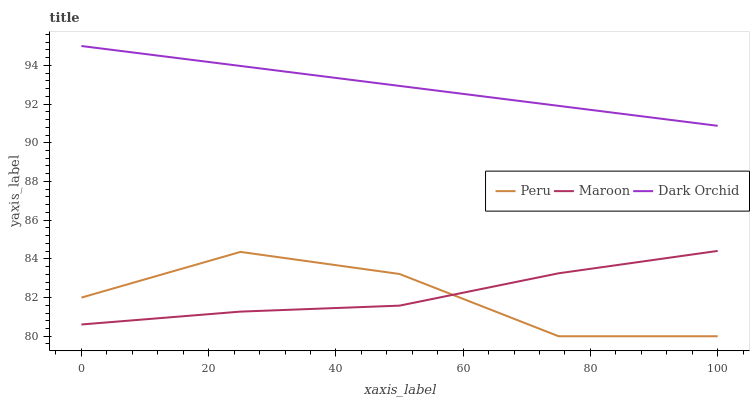
| xaxis_label | Peru | Maroon | Dark Orchid |
 | --- | --- | --- | --- |
 | 0 | 82 | 80.6 | 95 |
 | 25 | 84.4 | 81.3 | 94 |
 | 50 | 83.2 | 81.6 | 92.9 |
 | 75 | 80 | 83.3 | 91.9 |
 | 100 | 80 | 84.4 | 90.9 |